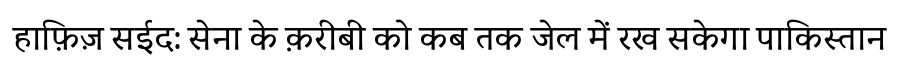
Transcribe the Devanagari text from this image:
हाफ़िज़ सईद: सेना के क़रीबी को कब तक जेल में रख सकेगा पाकिस्तान